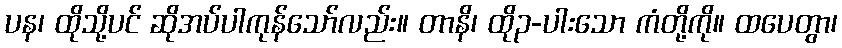
ပန၊ ထိုသို့ပင် ဆိုအပ်ပါကုန်သော်လည်း။ တာနိ၊ ထို၃-ပါးသော ကံတို့ကို။ ထပေတွာ၊